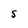
Character: s